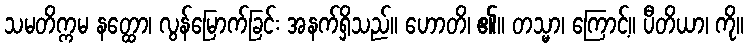
သမတိက္ကမ နတ္ထော၊ လွန်မြောက်ခြင်း အနက်ရှိသည်။ ဟောတိ၊ ၏။ တသ္မာ၊ ကြောင့်။ ပီတိယာ၊ ကို။